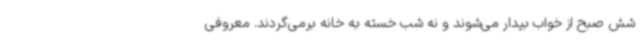
شش صبح از خواب بیدار می‌شوند و نه شب خسته به خانه برمی‌گردند. معروفی